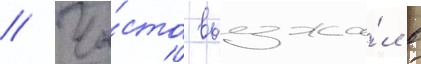
// Ча́сто выезжа́л в